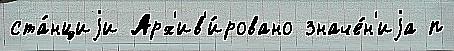
ста́нциjи Арх'ив'и́ровано значе́н'иjа п